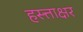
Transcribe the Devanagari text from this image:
हस्त्ताक्षर